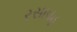
રસાવહ